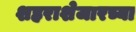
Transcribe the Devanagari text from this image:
शहराशेजारच्या